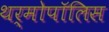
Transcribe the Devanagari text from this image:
थर्मोपॉलिस